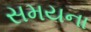
સમયના